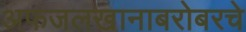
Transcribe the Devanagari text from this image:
अफजलखानाबरोबरचे